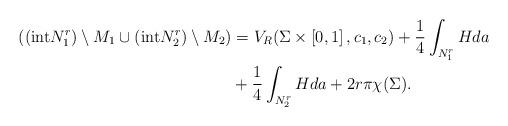
LaTeX: \begin{align*}\begin{aligned}(({\rm int}N_1^r)\setminus M_1 \cup ({\rm int}N_2^r)\setminus M_2) &= V_R(\Sigma\times\left[ 0,1\right], c_1,c_2) + \frac{1}{4} \int_{N_1^r} Hda\\ &+ \frac{1}{4} \int_{N_2^r} Hda + 2r\pi\chi(\Sigma).\end{aligned}\end{align*}